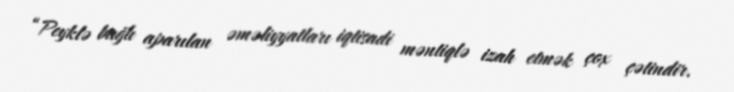
“Peyklə bağlı aparılan əməliyyatları iqtisadi məntiqlə izah etmək çox çətindir.